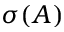
\sigma ( A )